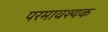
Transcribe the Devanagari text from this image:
परमावश्‍यक